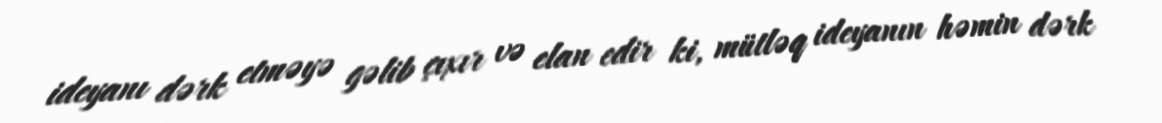
ideyanı dərk etməyə gəlib çıxır və elan edir ki, mütləq ideyanın həmin dərk